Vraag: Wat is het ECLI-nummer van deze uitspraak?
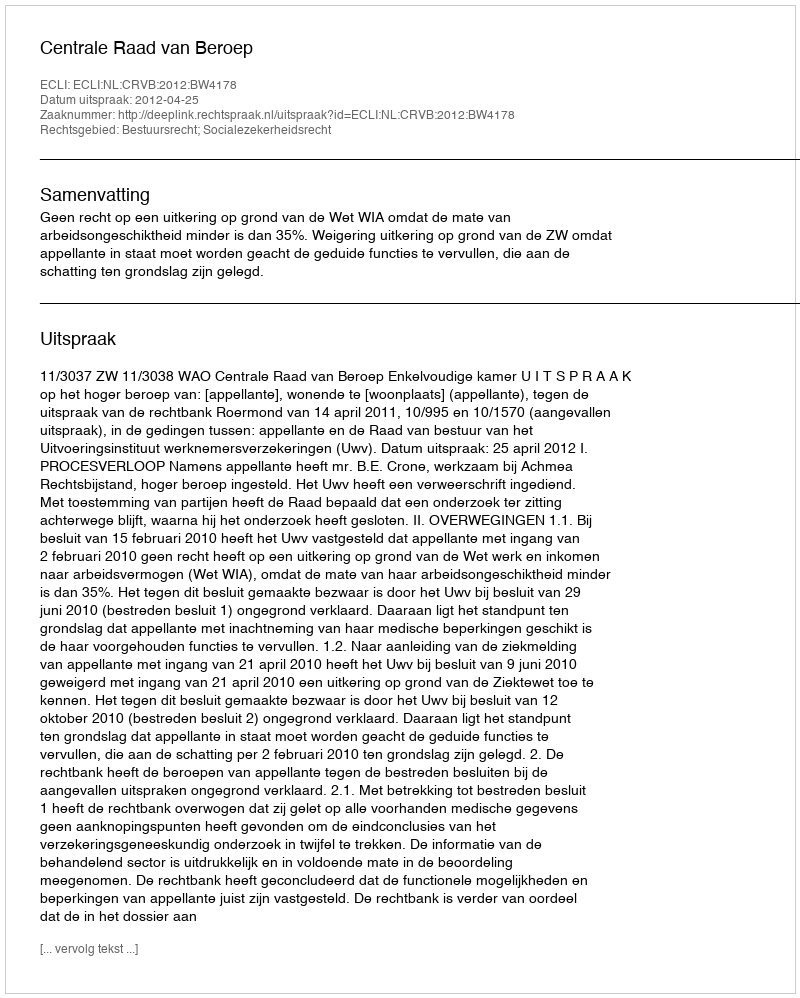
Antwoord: ECLI:NL:CRVB:2012:BW4178